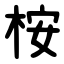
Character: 桉